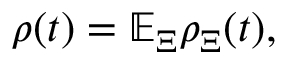
{ \rho } ( t ) = \mathbb { E } _ { \Xi } { \rho } _ { \Xi } ( t ) ,